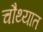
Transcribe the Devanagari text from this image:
चौथ्यात